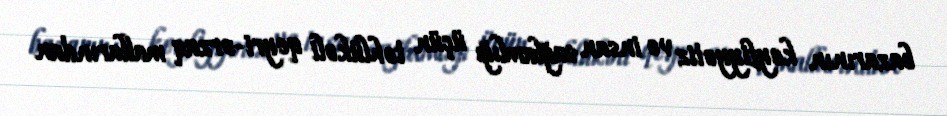
bazarının keyfiyyətiz və insan sağlamlığı üçün təhlükəli qeyri-ərzaq mallarından